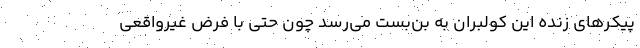
پيكرهاي زنده اين كولبران به بن‌بست مي‌رسد چون حتي با فرض غيرواقعي